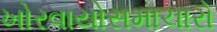
ખોરવાયોસમાચારો